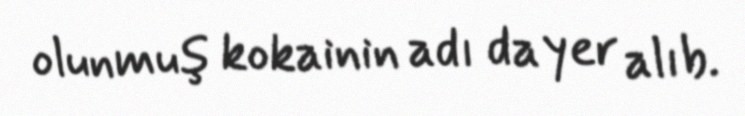
olunmuş kokainin adı da yer alıb.